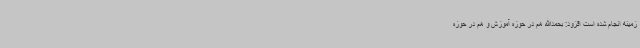
زمینه انجام شده است افزود: بحمدالله هم در حوزه آموزش و هم در حوزه